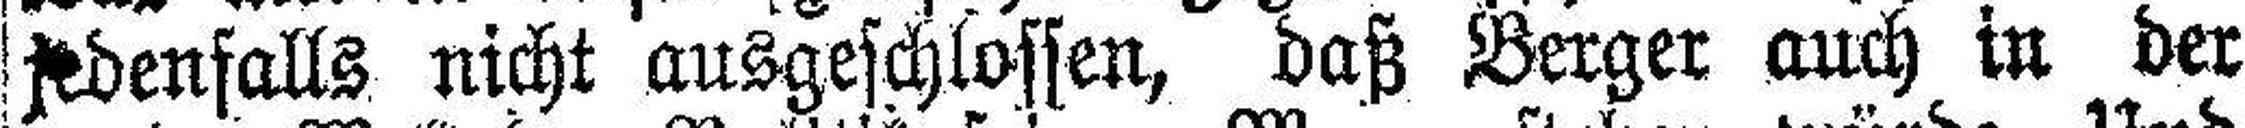
jedenfalls nicht ausgeschlossen, daß Berger auch in der